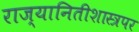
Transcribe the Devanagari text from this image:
राज्यानितीशास्त्रपर